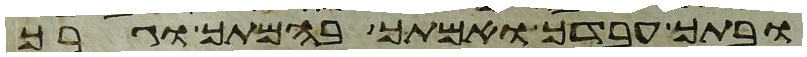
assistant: ובתך עבדך ואמתך בהמתך וגרך